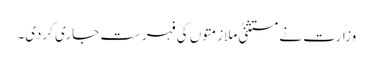
وزارت نے مستثنیٰ ملازمتوں کی فہرست جاری کردی۔